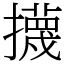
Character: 㩢